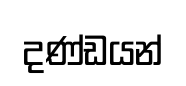
දණ්ඩයන්